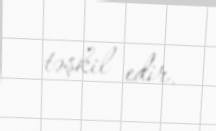
təşkil edir.